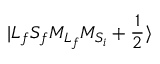
\ensuremath { \vert { L } _ { f } { S } _ { f } { M } _ { { L } _ { f } } { M } _ { { S } _ { i } } + \frac { 1 } { 2 } \rangle }